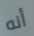
أنه